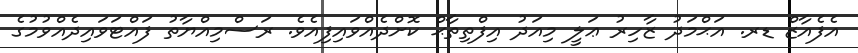
އެފެއާޒް ޑރ. އަޙްމަދު ޒާހިރު ޢަލީ މިއަދު އިފްތިތާޙް ކޮށްދެއްވައިފިއެވެ. ރަސްމިއްޔާތު ފައްޓަވައިދެއްވުމުގެ